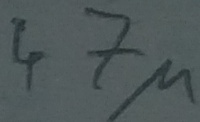
Text: 47µ